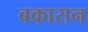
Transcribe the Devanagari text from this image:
बकासन